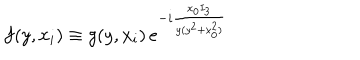
f ( y , x _ { i } ) \equiv g ( y , x _ { i } ) \, e ^ { - i \frac { x _ { 0 } I _ { 3 } } { y ( y ^ { 2 } + x _ { 0 } ^ { 2 } ) } }